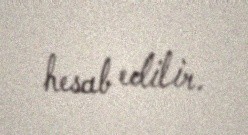
hesab edilir.